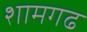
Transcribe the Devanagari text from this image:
शामगढ